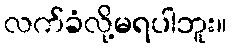
လက်ခံလို့မရပါဘူး။